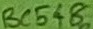
Text: BC548